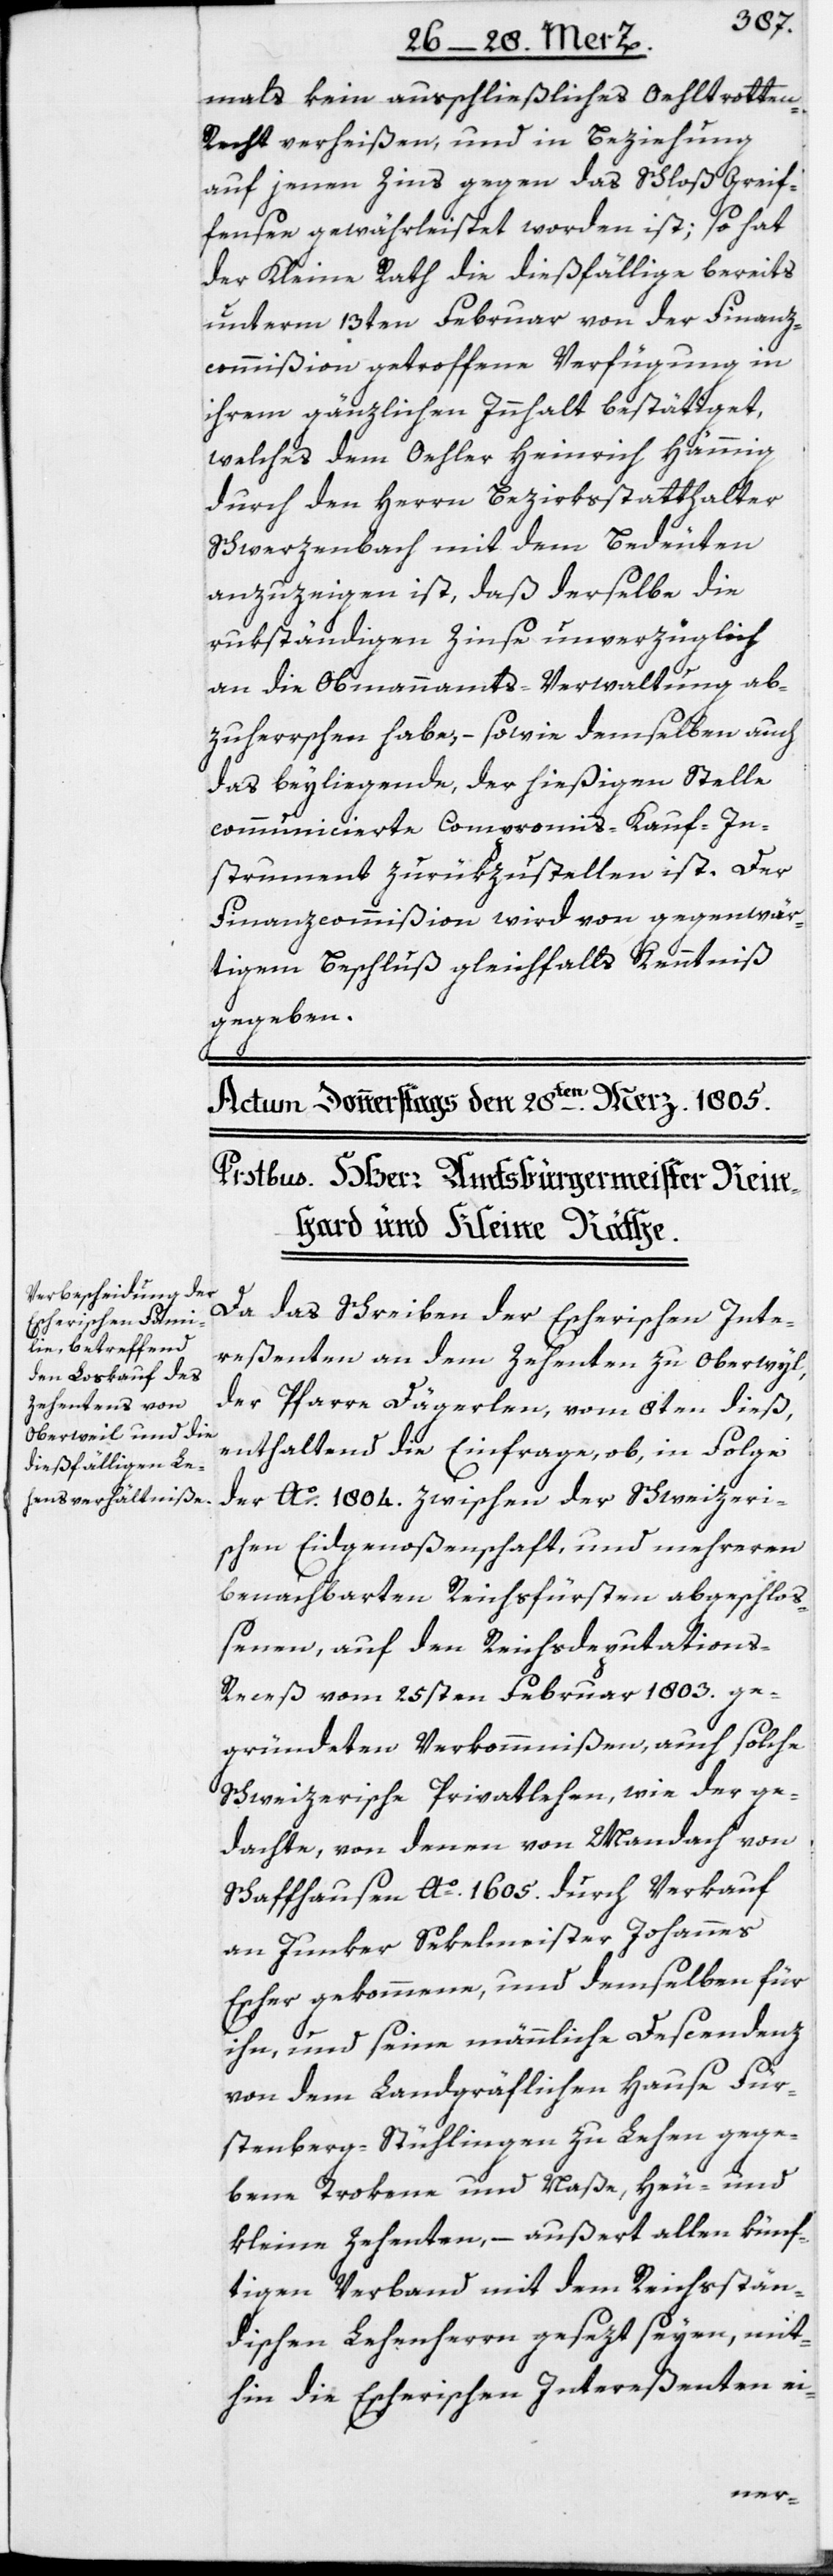
mals kein ausschließliches Oehltrotte¬
n-Recht verheißen, und in Beziehung
auf jenen Zins gegen das Schloß Greif¬
fensee gewährleistet worden ist; so hat
der Kleine Rath die dießfällige bereits
unterm 13ten Februar von der Finanzc¬
ommißion getroffene Verfügung in
ihrem gänzlichen Innhalt bestätiget,
welches dem Oehler Heinrich Hämmig
durch den Herrn Bezirksstatthalter
Schwerzenbach mit dem Bedeuten
anzuzeigen ist, daß derselbe die
rükständigen Zinse unverzüglich
an die Obmannamts-Verwaltung ab¬
zuherrschen habe, – sowie demselben auch
das beyliegende, der hießigen Stelle
communicierte Compromis-Kauf-In¬
strument zurükzustellen ist. Der
Finanzcommißion wird von gegenwär¬
tigem Beschluß gleichfalls Kenntniß
gegeben.
Da das Schreiben der Escherischen Inte¬
reßenten an dem Zehenten zu Oberwyl,
der Pfarre Dägerlen, vom 8ten dieß,
enthaltend die Einfrage, ob in Folge
der Ao. 1804. zwischen der Schweizeri¬
schen Eidgenoßenschaft, und mehreren
benachbarten Reichsfürsten abgeschloß¬
enen, auf den Reichsdeputations-R¬
eceß vom 25sten Februar 1803. ge¬
gründeten Verkommnißen, auch solche
Schweizerische Privatlehen, wie der ge¬
dachte, von denen von Mandach von
Schaffhausen Ao. 1605. durch Verkauf
an Junker Sekelmeister Johannes
Escher gekommene, und demselben für
ihn, und seine männliche Descendenz
von dem Ländgräflichen Hause Für¬
stenberg-Stühlingen zu Lehen gege¬
bene Trokene und Naße, Heu- und
kleine Zehenten, – außert allen künf¬
tigen Verband mit dem Reichsstän¬
dischen Lehenherrn gesezt seyen, mit¬
hin die Escherischen Intereßenten ei-